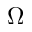
\Omega